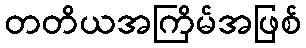
တတိယအကြိမ်အဖြစ်